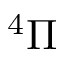
^ 4 \Pi